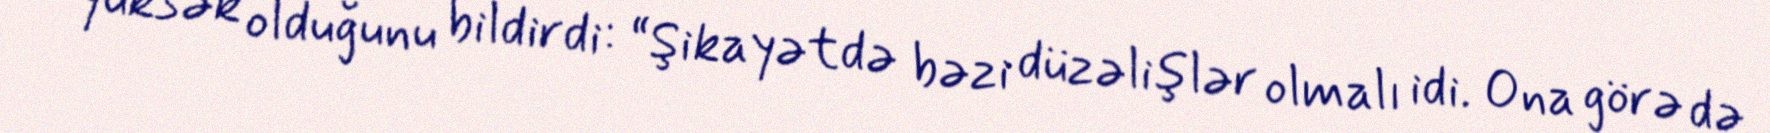
yüksək olduğunu bildirdi: “Şikayətdə bəzi düzəlişlər olmalı idi. Ona görə də